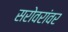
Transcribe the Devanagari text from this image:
सरोवरांवर